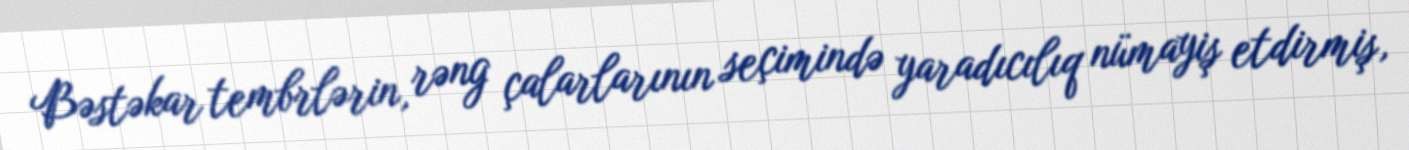
Bəstəkar tembrlərin, rəng çalarlarının seçimində yaradıcılıq nümayiş etdirmiş,